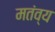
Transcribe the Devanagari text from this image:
मतंव्य